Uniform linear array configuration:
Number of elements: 64
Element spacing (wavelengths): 1
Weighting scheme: blackman
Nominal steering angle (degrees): -60
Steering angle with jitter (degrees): -61.851
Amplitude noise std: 0.05
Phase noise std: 0.05

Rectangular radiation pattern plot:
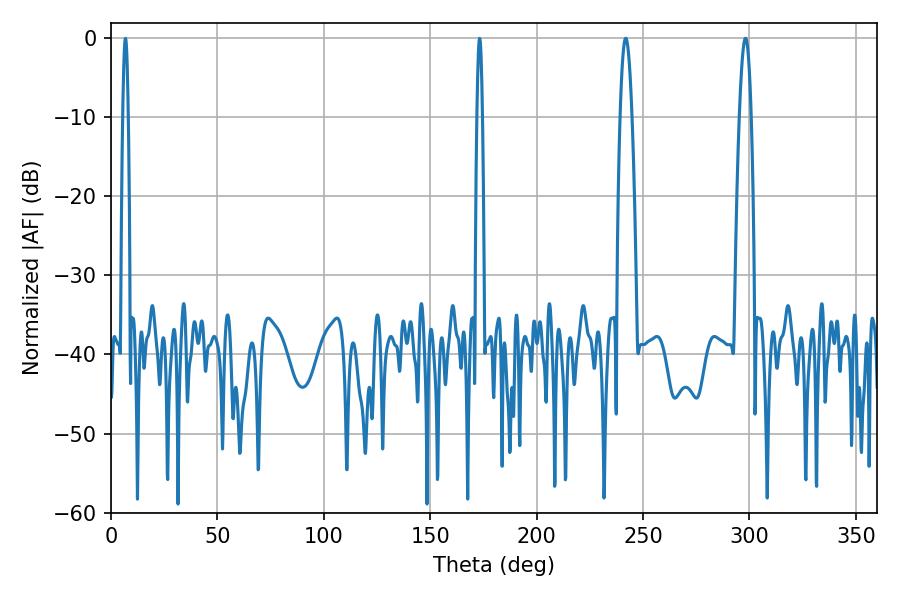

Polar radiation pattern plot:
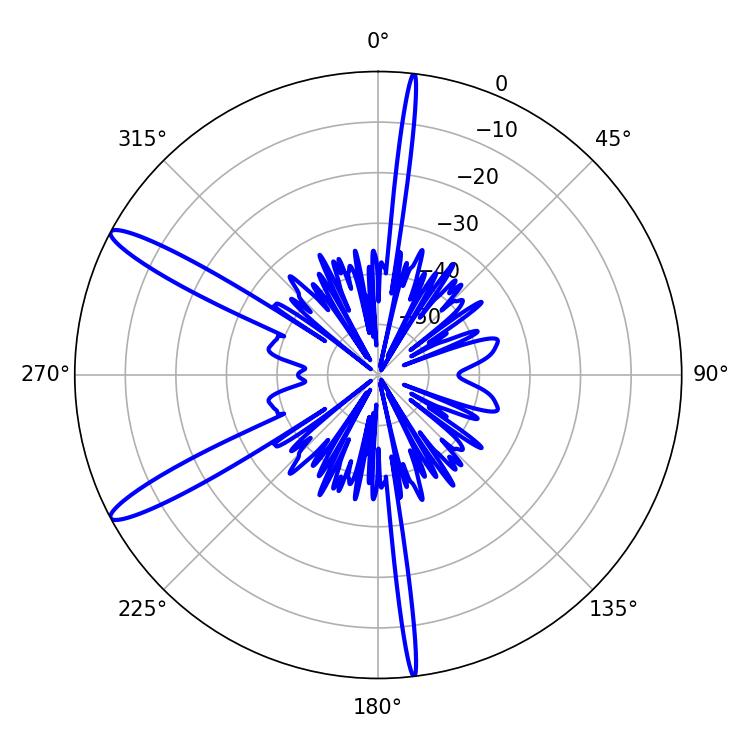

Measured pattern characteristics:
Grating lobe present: TRUE
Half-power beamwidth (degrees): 2.88
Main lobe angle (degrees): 298.08